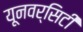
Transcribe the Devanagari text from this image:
यूनवर्सिटी